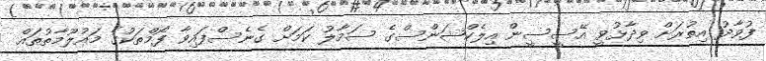
ފުވާދު އިތުރަށް ވިދާޅުވީ އޭސީސީން އިލެކްޝަންސްގެ ސަމާލު ކަމަށް ގެނެސްފައިވާ ފޯމްތަކުގެ މައުލޫމާތުތައް